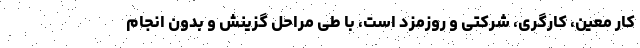
کار معین، کارگری، شرکتی و روزمزد است، با طی مراحل گزینش و بدون انجام